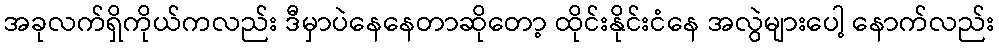
အခုလက်ရှိကိုယ်ကလည်း ဒီမှာပဲနေနေတာဆိုတော့ ထိုင်းနိုင်းငံနေ အလွဲများပေါ့ နောက်လည်း